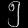
Digit: ၅